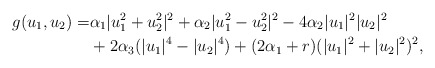
\begin{align*}g(u_1,u_2)=& \alpha_1 |u_1^2+u_2^2|^2 + \alpha_2 |u_1^2-u_2^2|^2 -4\alpha_2 |u_1|^2|u_2|^2 \\&+2\alpha_3 (|u_1|^4-|u_2|^4) + (2\alpha_1 + r) (|u_1|^2+|u_2|^2)^2,\end{align*}